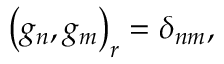
\left( g _ { n } , g _ { m } \right) _ { r } = \delta _ { n m } ,